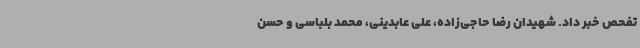
تفحص خبر داد. شهیدان رضا حاجی‌زاده، علی عابدینی، محمد بلباسی و حسن